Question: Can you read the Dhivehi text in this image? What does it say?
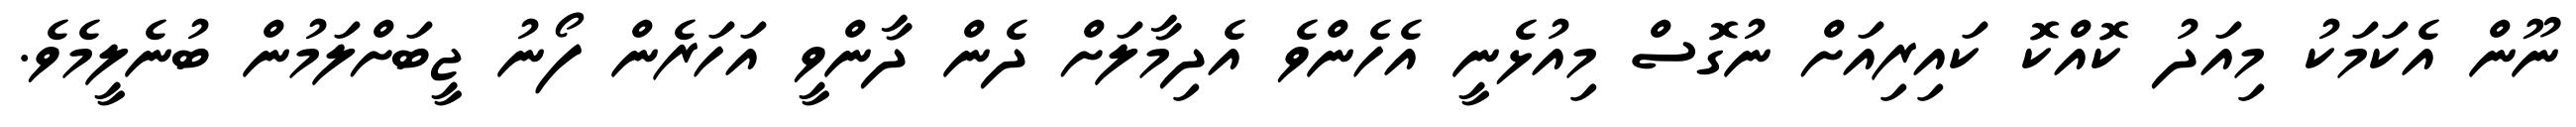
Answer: ނޫން އެކަމަކު މިއަދު ކޮއްކޮ ކައިރިއަށް ނުގޮސް މިއުޅެނީ އެހެންވެ އެދިމާލަށް ދެން ދާންވީ އަހަރެން ފޯނު ޖީބަށްލަމުން ބުނެލީމެވެ.